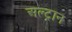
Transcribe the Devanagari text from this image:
अल्ट्रान